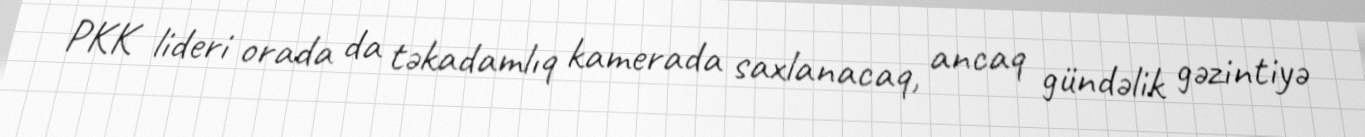
PKK lideri orada da təkadamlıq kamerada saxlanacaq, ancaq gündəlik gəzintiyə